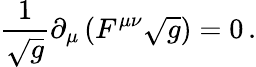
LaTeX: {\frac{1}{\sqrt g}}\partial_{\mu}\left(F^{\mu\nu}\sqrt{g}\right)=0\, .